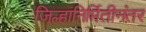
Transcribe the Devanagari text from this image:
जिल्हानिर्मितीनंतर